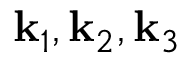
\mathbf { k } _ { 1 } , \mathbf { k } _ { 2 } , \mathbf { k } _ { 3 }